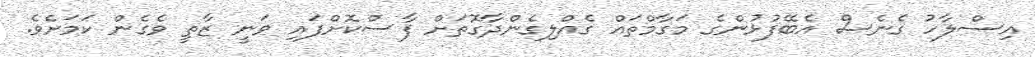
އިސްލާހު ގެނެސް އެބޭފުޅުންގެ މަގާމްތައް ގެއްލިގެންދާގޮތަށް ފާސްކޮށްފައި ވަނީ ޒާތީ ވެގެން ކަމަށެވެ.